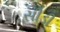
સીડી